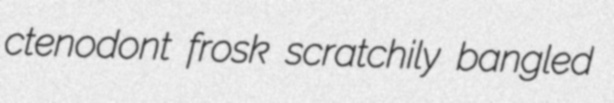
ctenodont frosk scratchily bangled